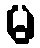
မ